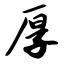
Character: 厚